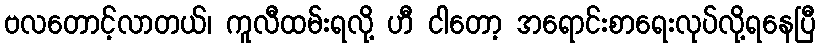
ဗလတောင့်လာတယ်၊ ကူလီထမ်းရလို့ ဟီ ငါတော့ အရောင်းစာရေးလုပ်လို့ရနေပြီ